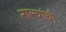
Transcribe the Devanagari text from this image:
नाल्यांची